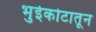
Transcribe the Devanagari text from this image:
भुईकोटातून